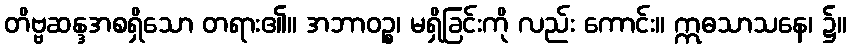
တိဗ္ဗဆန္ဒအစရှိသော တရား၏။ အဘာဝဉ္စ၊ မရှိခြင်းကို လည်း ကောင်း။ ဣဓသာသနေ၊ ၌။